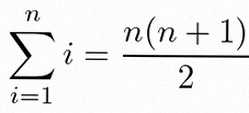
\sum_{i=1}^{n}i=\frac{n(n+1)}2